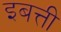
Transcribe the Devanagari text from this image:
इबत्ती